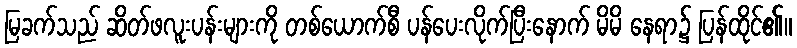
မြခက်သည် ဆိတ်ဖလူးပန်းများကို တစ်ယောက်စီ ပန်ပေးလိုက်ပြီးနောက် မိမိ နေရာ၌ ပြန်ထိုင်၏။